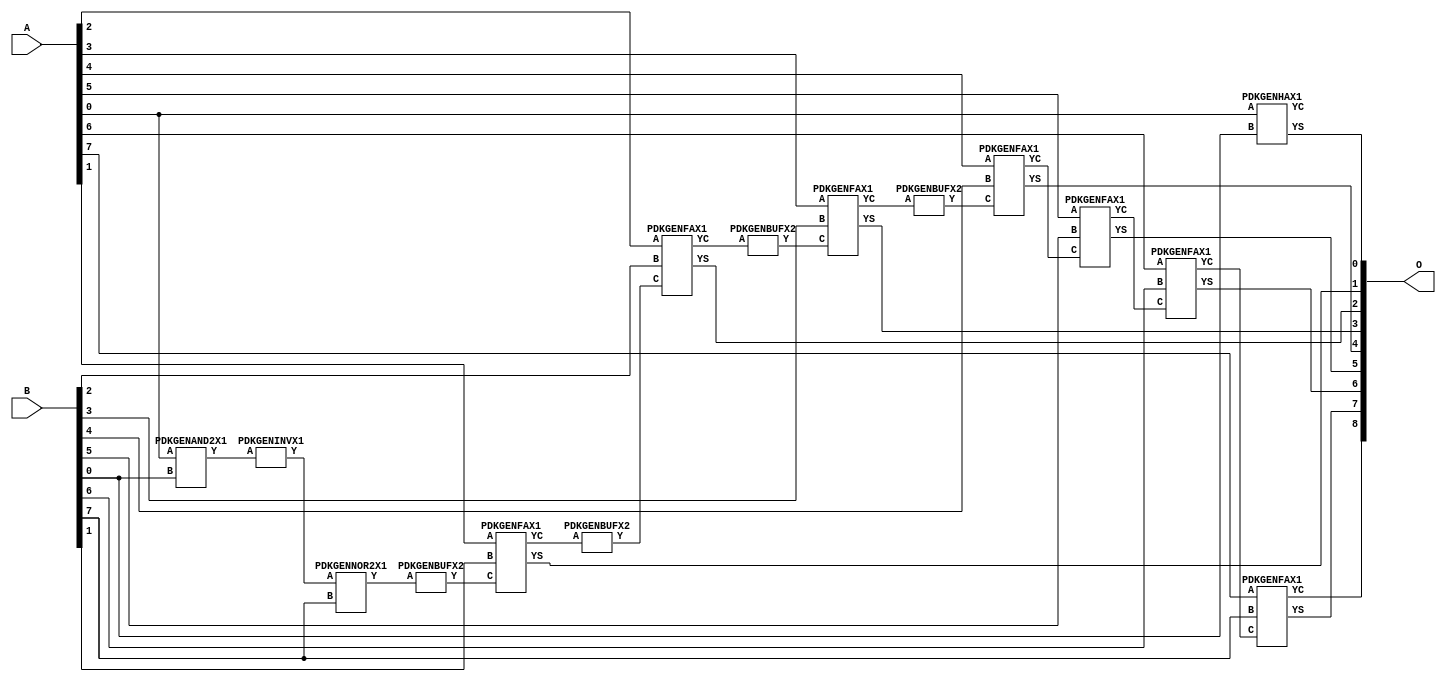
// Library = EvoApprox8b
// Circuit = add8_159
// Area   (180) = 1088
// Delay  (180) = 1.940
// Power  (180) = 376.90
// Area   (45) = 83
// Delay  (45) = 0.730
// Power  (45) = 35.38
// Nodes = 15
// HD = 16320
// MAE = 0.25000
// MSE = 0.50000
// MRE = 0.08 %
// WCE = 2
// WCRE = 2 %
// EP = 12.5 %

module add8_159(A, B, O);
  input [7:0] A;
  input [7:0] B;
  output [8:0] O;
  wire [2031:0] N;

  assign N[0] = A[0];
  assign N[1] = A[0];
  assign N[2] = A[1];
  assign N[3] = A[1];
  assign N[4] = A[2];
  assign N[5] = A[2];
  assign N[6] = A[3];
  assign N[7] = A[3];
  assign N[8] = A[4];
  assign N[9] = A[4];
  assign N[10] = A[5];
  assign N[11] = A[5];
  assign N[12] = A[6];
  assign N[13] = A[6];
  assign N[14] = A[7];
  assign N[15] = A[7];
  assign N[16] = B[0];
  assign N[17] = B[0];
  assign N[18] = B[1];
  assign N[19] = B[1];
  assign N[20] = B[2];
  assign N[21] = B[2];
  assign N[22] = B[3];
  assign N[23] = B[3];
  assign N[24] = B[4];
  assign N[25] = B[4];
  assign N[26] = B[5];
  assign N[27] = B[5];
  assign N[28] = B[6];
  assign N[29] = B[6];
  assign N[30] = B[7];
  assign N[31] = B[7];

  PDKGENAND2X1 n32(.A(N[0]), .B(N[16]), .Y(N[32]));
  PDKGENINVX1 n56(.A(N[32]), .Y(N[56]));
  PDKGENNOR2X1 n58(.A(N[56]), .B(N[30]), .Y(N[58]));
  PDKGENBUFX2 n74(.A(N[58]), .Y(N[74]));
  assign N[75] = N[74];
  PDKGENHAX1 n76(.A(N[0]), .B(N[16]), .YS(N[76]), .YC(N[77]));
  PDKGENFAX1 n82(.A(N[2]), .B(N[18]), .C(N[75]), .YS(N[82]), .YC(N[83]));
  PDKGENBUFX2 n114(.A(N[83]), .Y(N[114]));
  assign N[115] = N[114];
  PDKGENFAX1 n132(.A(N[4]), .B(N[20]), .C(N[115]), .YS(N[132]), .YC(N[133]));
  PDKGENBUFX2 n174(.A(N[133]), .Y(N[174]));
  PDKGENFAX1 n182(.A(N[6]), .B(N[22]), .C(N[174]), .YS(N[182]), .YC(N[183]));
  PDKGENBUFX2 n210(.A(N[183]), .Y(N[210]));
  assign N[211] = N[210];
  PDKGENFAX1 n232(.A(N[8]), .B(N[24]), .C(N[211]), .YS(N[232]), .YC(N[233]));
  PDKGENFAX1 n282(.A(N[10]), .B(N[26]), .C(N[233]), .YS(N[282]), .YC(N[283]));
  PDKGENFAX1 n332(.A(N[12]), .B(N[28]), .C(N[283]), .YS(N[332]), .YC(N[333]));
  PDKGENFAX1 n382(.A(N[14]), .B(N[30]), .C(N[333]), .YS(N[382]), .YC(N[383]));

  assign O[0] = N[76];
  assign O[1] = N[82];
  assign O[2] = N[132];
  assign O[3] = N[182];
  assign O[4] = N[232];
  assign O[5] = N[282];
  assign O[6] = N[332];
  assign O[7] = N[382];
  assign O[8] = N[383];

endmodule
/* mod */
module PDKGENHAX1( input A, input B, output YS, output YC );
    assign YS = A ^ B;
    assign YC = A & B;
endmodule
/* mod */
module PDKGENAND2X1(input A, input B, output Y );
     assign Y = A & B;
endmodule
/* mod */
module PDKGENINVX1(input A, output Y );
     assign Y = ~A;
endmodule
/* mod */
module PDKGENNOR2X1(input A, input B, output Y );
     assign Y = ~(A | B);
endmodule
/* mod */
module PDKGENFAX1( input A, input B, input C, output YS, output YC );
    assign YS = (A ^ B) ^ C;
    assign YC = (A & B) | (B & C) | (A & C);
endmodule
/* mod */
module PDKGENBUFX2(input A, output Y );
     assign Y = A;
endmodule